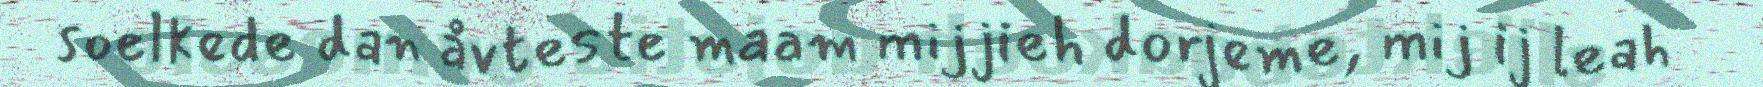
soelkede dan åvteste maam mijjieh dorjeme, mij ij leah